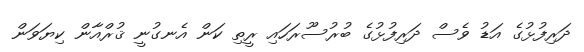
ދަރިފުޅުގެ އަޑު ވެސް ދަރިފުޅުގެ ބުރުސޫރަހައި ރީތި ކަން އެނގުނީ ޤުރްއާން ކިޔަވަން